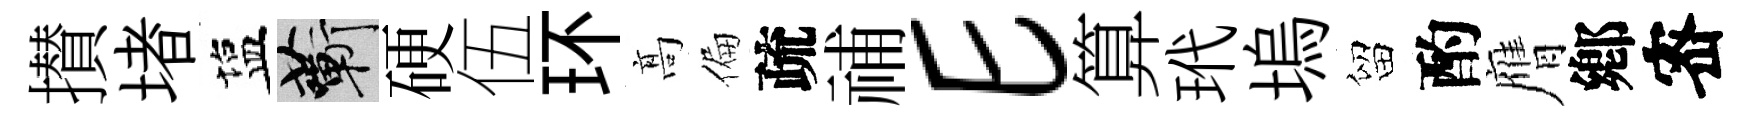
攅堵塩蔪硬伍环髙偏疏𥙷E算玳塢留酌膺鄕宻